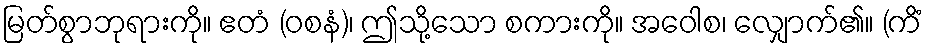
မြတ်စွာဘုရားကို။ ဧတံ (ဝစနံ)၊ ဤသို့သော စကားကို။ အဝေါစ၊ လျှောက်၏။ (ကိံ